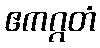
ဧကဂ္ဂတံ